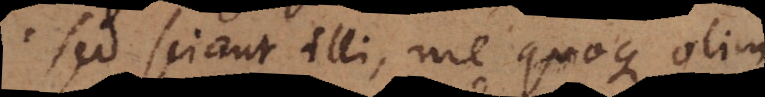
Sed sciant illi, me quoque olim